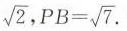
\sqrt{2} ， ,P B = \sqrt{7}.